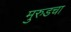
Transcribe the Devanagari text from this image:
मुरुडचा